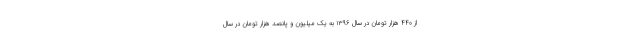
از ۴۴۰ هزار تومان در سال ۱۳۹۶ به یک میلیون و پانصد هزار تومان در سال